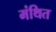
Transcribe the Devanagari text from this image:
मंथित